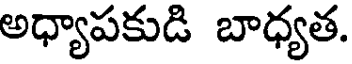
అధ్యాపకుడి బాధ్యత.